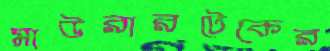
মাউরারটেকের